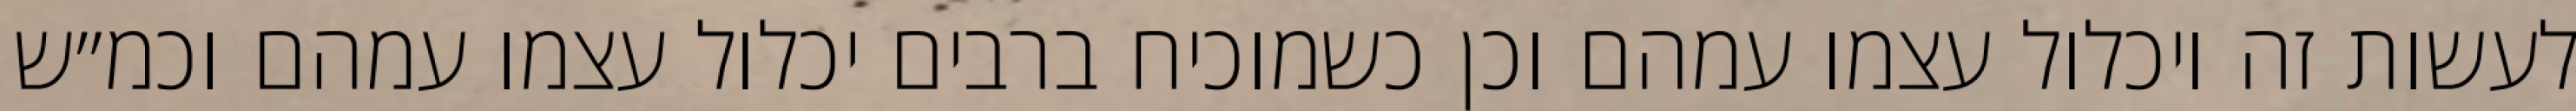
לעשות זה ויכלול עצמו עמהם וכן כשמוכיח ברבים יכלול עצמו עמהם וכמ״ש